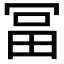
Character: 𠖐